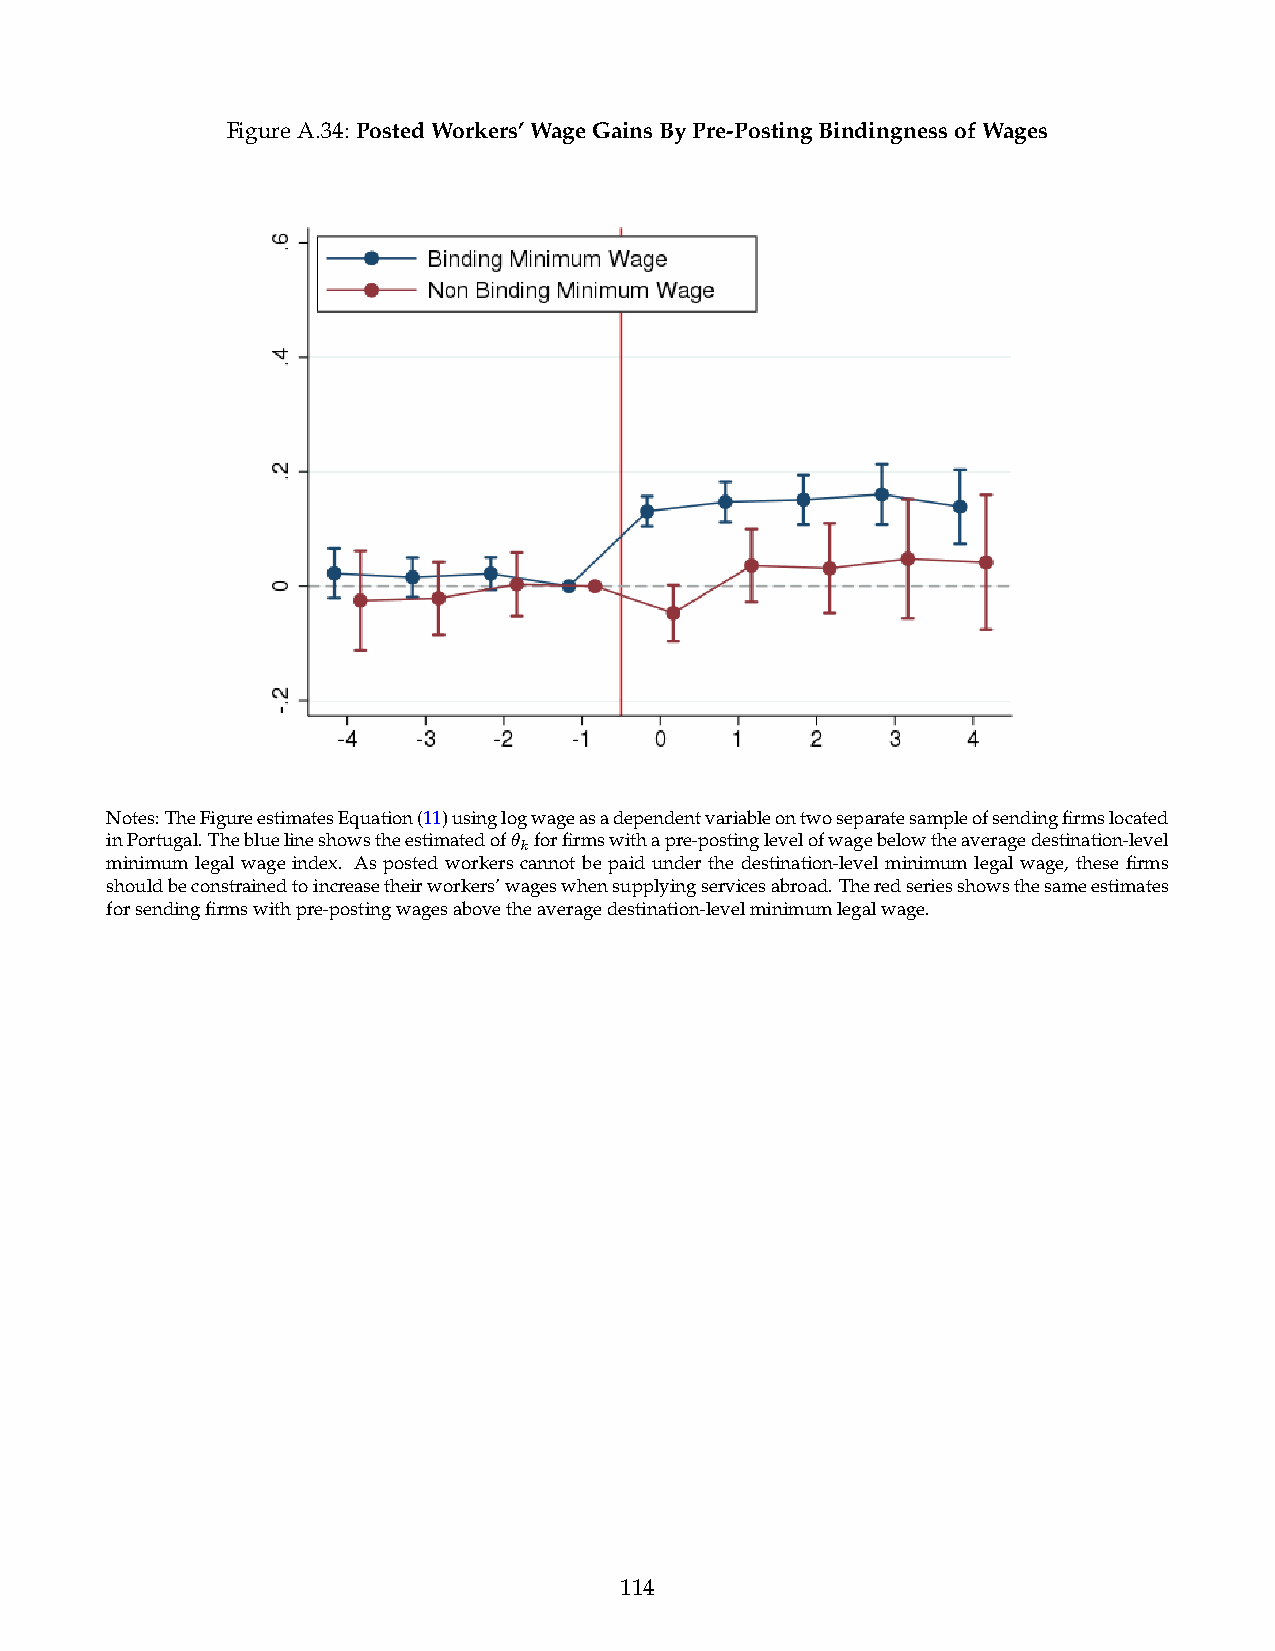
FigureA.34: PostedWorkers’WageGainsByPre-PostingBindingnessofWages
 Notes:TheFigureestimatesEquation(11)usinglogwageasadependentvariableontwoseparatesampleofsendingfirmslocated
 inPortugal.Thebluelineshowstheestimatedof✓ kforfirmswithapre-postinglevelofwagebelowtheaveragedestination-level
 minimum legal wage index. As posted workers cannot be paid under the destination-level minimum legal wage, these firms
 shouldbeconstrainedtoincreasetheirworkers’wageswhensupplyingservicesabroad.Theredseriesshowsthesameestimates
 forsendingfirmswithpre-postingwagesabovetheaveragedestination-levelminimumlegalwage.
 114